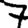
Digit: 7